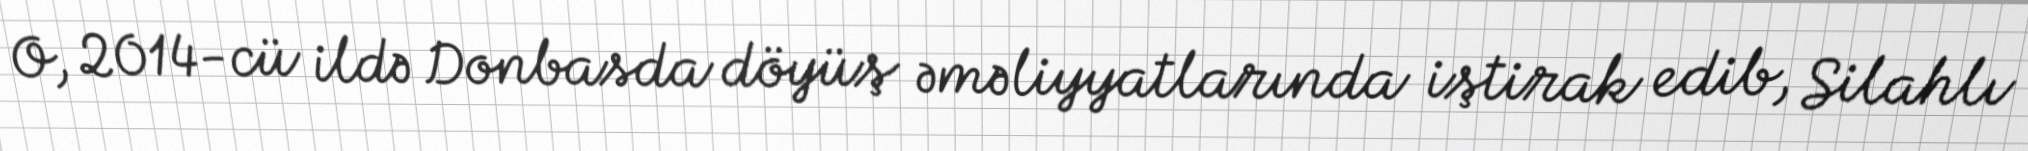
O, 2014-cü ildə Donbasda döyüş əməliyyatlarında iştirak edib, Silahlı